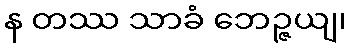
န တဿ သာခံ ဘေဉ္ဇယျ၊